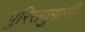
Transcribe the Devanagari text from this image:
पुरिसयुगानी